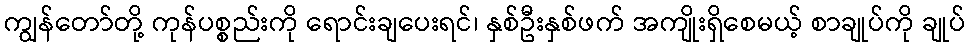
ကျွန်တော်တို့ ကုန်ပစ္စည်းကို ရောင်းချပေးရင်၊ နှစ်ဦးနှစ်ဖက် အကျိုးရှိစေမယ့် စာချုပ်ကို ချုပ်